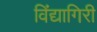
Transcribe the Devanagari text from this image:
विंद्यागिरी